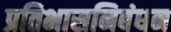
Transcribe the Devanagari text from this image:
प्रतिभासनिबंधन